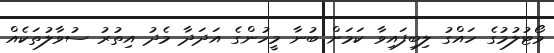
ވޯޓުލުމުގެ ހައްގު ލިބިފައިވާ ކަމަށް ބުނާ މީހުންގެ އަދަދާ މެދު އިތުރު ސުވާލުތަކެއް